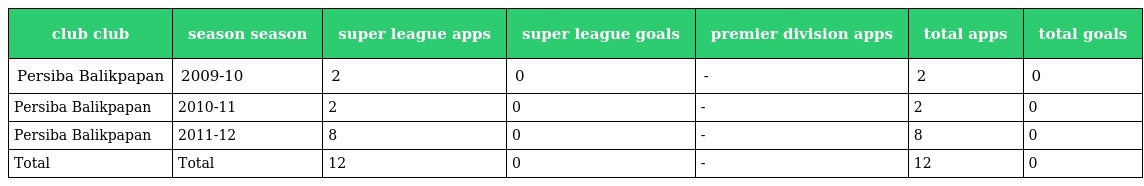
| club club | season season | super league apps | super league goals | premier division apps | total apps | total goals |
 | --- | --- | --- | --- | --- | --- | --- |
 | Persiba Balikpapan | 2009-10 | 2 | 0 | - | 2 | 0 |
 | Persiba Balikpapan | 2010-11 | 2 | 0 | - | 2 | 0 |
 | Persiba Balikpapan | 2011-12 | 8 | 0 | - | 8 | 0 |
 | Total | Total | 12 | 0 | - | 12 | 0 |